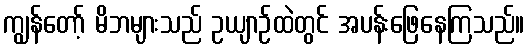
ကျွန်တော့် မိဘများသည် ဥယျာဉ်ထဲတွင် အပန်းဖြေနေကြသည်။